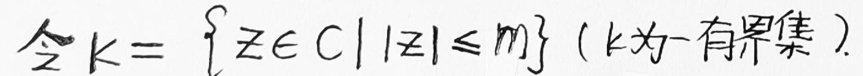
令$  K = \{ z \in \mathbb{C} \mid |z| \leq m \} $（ K 为一有界集）.